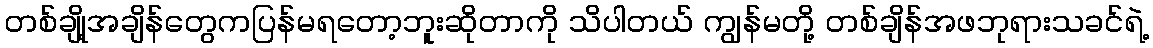
တစ်ချို့အချိန်တွေကပြန်မရတော့ဘူးဆိုတာကို သိပါတယ် ကျွန်မတို့ တစ်ချိန်အဖဘုရားသခင်ရဲ့